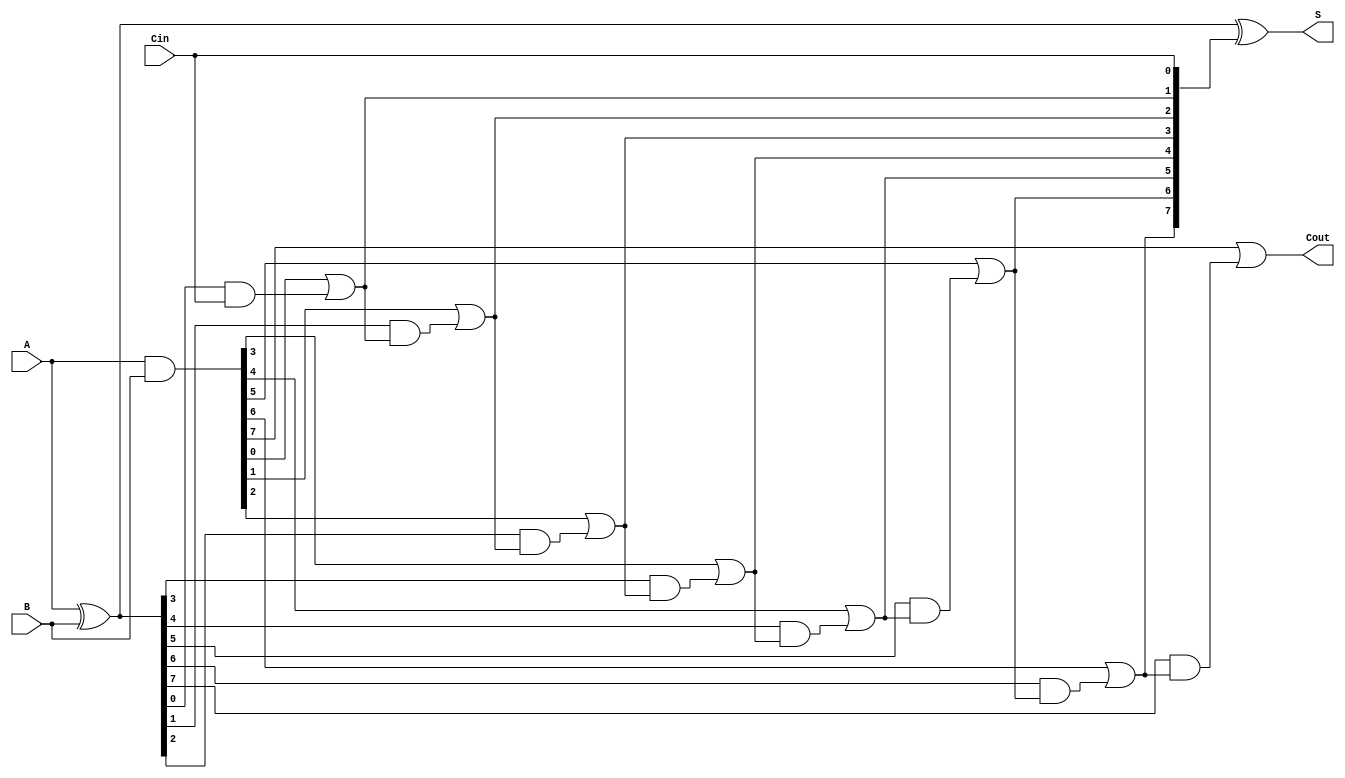
module brent_kung_adder #(parameter n = 8) (
    input [n-1:0] A,
    input [n-1:0] B,
    input Cin,
    output [n-1:0] S,
    output Cout
);

    // Generate and Propagate signals
    wire [n-1:0] G; // Generate signals
    wire [n-1:0] P; // Propagate signals
    wire [n:0] C;   // Carry signals

    assign G = A & B;         // Generate
    assign P = A ^ B;         // Propagate
    assign C[0] = Cin;        // Initial carry input

    // Stage 1: Compute carry signals
    genvar i;
    generate
        for (i = 0; i < n; i = i + 1) begin : stage1
            assign C[i+1] = G[i] | (P[i] & C[i]);
        end
    endgenerate

    // Sum calculation
    assign S = P ^ C[n-1:0];

    // Final carry-out
    assign Cout = C[n];

endmodule